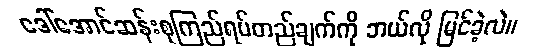
ဒေါ်အောင်ဆန်းစုကြည်ရပ်တည်ချက်ကို ဘယ်လို မြင်ခဲ့လဲ။